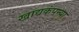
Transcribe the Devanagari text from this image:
खाद्यकंपन्या